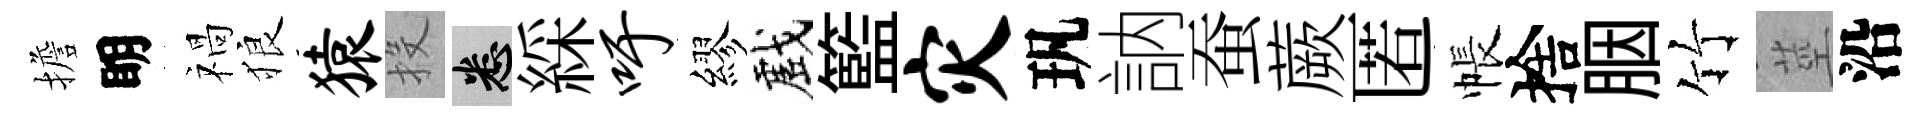
擔眀禍狼猿投悉綵吁繆戲籃灾㺬訥蚕蕨匿帳捨胭竹莖沿